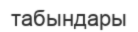
табындары